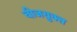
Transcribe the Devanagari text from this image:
बीजयुक्त